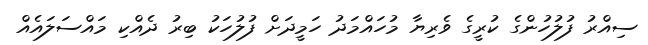
ސިއްރު ފުލުހުންގެ ކުރީގެ ވެރިޔާ މުހައްމަދު ހަމީދަށް ފުލުހަކު ބިރު ދެއްކި މައްސަލައެއް